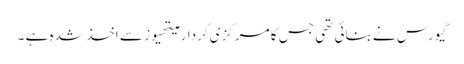
گیورس نے بنائی تھی جس کا مرکزی کردار میتھیوز سے اخذ شدہ ہے ۔